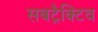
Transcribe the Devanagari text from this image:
सबट्रैक्टिव